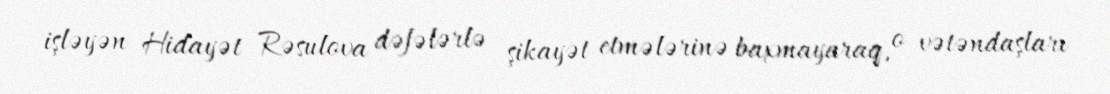
işləyən Hidayət Rəsulova dəfələrlə şikayət etmələrinə baxmayaraq, o vətəndaşları